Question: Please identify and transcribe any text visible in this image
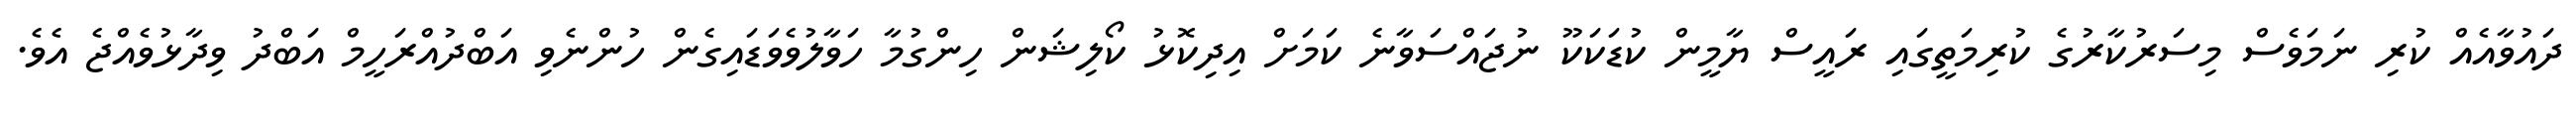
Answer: ދައުވާއެއް ކުރި ނަމަވެސް މިސަރުކާރުގެ ކުރިމަތީގައި ރައީސް ޔާމީން ކުޑަކަކޫ ނުޖައްސަވާނެ ކަމަށް އިދިކޮޅު ކޯލިޝަން ހިންގުމާ ހަވާލުވެވަޑައިގެން ހުންނެވި އަބްދުއްރަހީމް އަބްދު ވިދާޅުވެއްޖެ އެވެ.